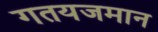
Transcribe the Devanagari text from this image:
गतयजमान